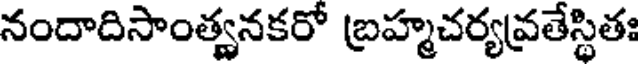
నందాదిసాంత్యనకరో బ్రహ్మచర్యవ్రతేస్థితః